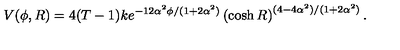
V ( \phi , R ) = 4 ( T - 1 ) k e ^ { - 1 2 \alpha ^ { 2 } \phi / ( 1 + 2 \alpha ^ { 2 } ) } \left( \cosh R \right) ^ { ( 4 - 4 \alpha ^ { 2 } ) / ( 1 + 2 \alpha ^ { 2 } ) } .